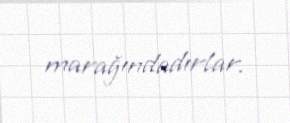
marağındadırlar.